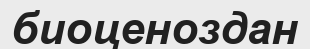
биоценоздан